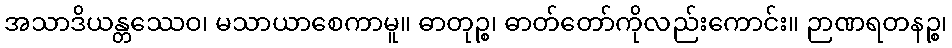
အသာဒိယန္တဿေဝ၊ မသာယာစေကာမူ။ ဓာတုဉ္စ၊ ဓာတ်တော်ကိုလည်းကောင်း။ ဉာဏရတနဉ္စ၊